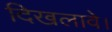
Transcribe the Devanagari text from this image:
दिखलावे।